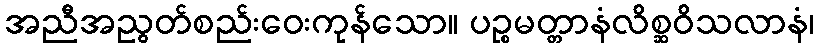
အညီအညွတ်စည်းဝေးကုန်သော။ ပဉ္စမတ္တာနံလိစ္ဆဝိသလာနံ၊